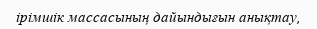
ірімшік массасының дайындығын анықтау,